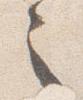
之